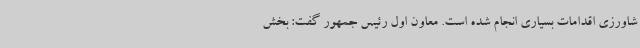
شاورزی اقدامات بسیاری انجام شده است. معاون اول رئیس جمهور گفت: بخش